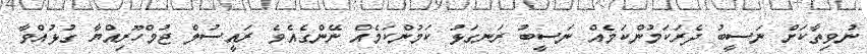
ނުވިތާކަށް ނަސީބު ދެރަކަމުންކަމެއް ނަސީބު ރަނގަޅު ކަމުންކަމެއް ނޭންގެއެވެ ރައީސުލް ޖުމްހޫރިއްްޔާ ގުޅުއްވާ